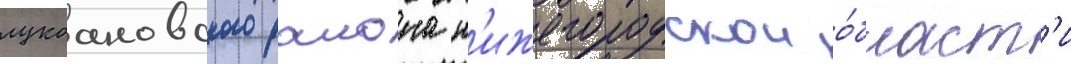
лукоановского раиона н'ижегородскои о́бласт'и